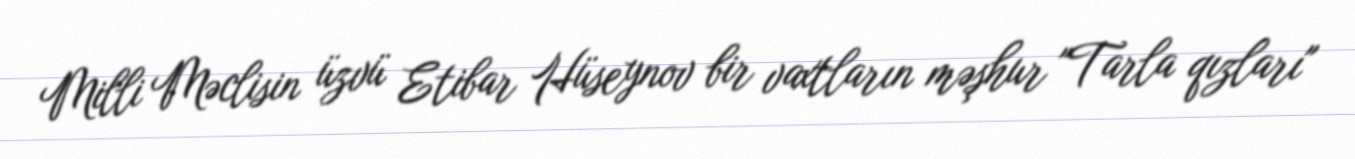
Milli Məclisin üzvü Etibar Hüseynov bir vaxtların məşhur "Tarla qızları"